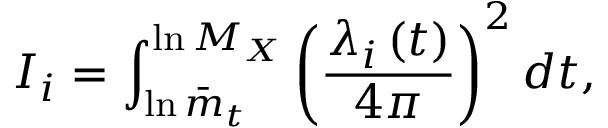
I _ { i } = \int _ { \ln \bar { m } _ { t } } ^ { \ln { M _ { X } } } \left( \frac { \lambda _ { i } \left( t \right) } { 4 \pi } \right) ^ { 2 } d t ,